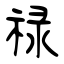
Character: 禄